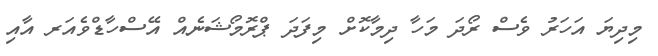
މިދިޔަ އަހަރު ވެސް ރޯދަ މަހާ ދިމާކޮށް މިފަދަ ޕްރޮމޯޝަނެއް އޭސްހާޑްވެއަރ އާއި